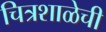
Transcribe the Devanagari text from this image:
चित्रशाळेची